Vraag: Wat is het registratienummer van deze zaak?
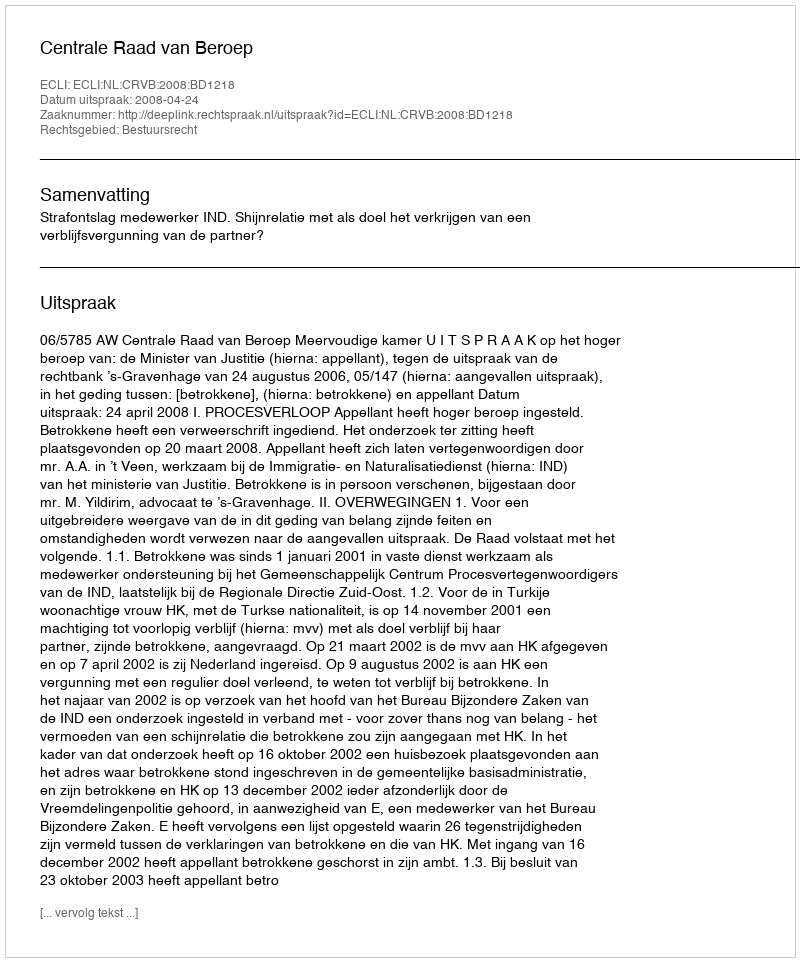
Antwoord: http://deeplink.rechtspraak.nl/uitspraak?id=ECLI:NL:CRVB:2008:BD1218